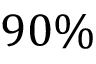
9 0 \%